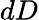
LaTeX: dD